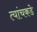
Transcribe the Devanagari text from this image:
त्यांचकडे